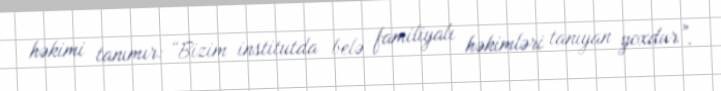
həkimi tanımır: “Bizim institutda belə familiyalı həkimləri tanıyan yoxdur”.